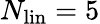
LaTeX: N_{\mathrm{lin}}=5